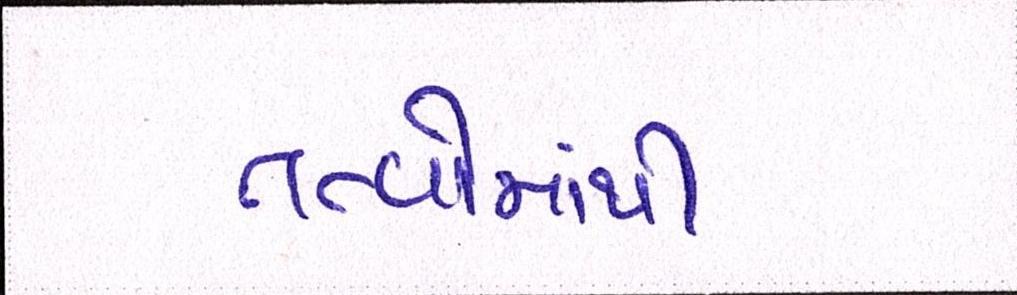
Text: તત્વોમાંથી